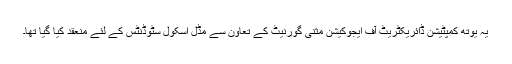
یہ یوتھ کمپٹیشن ڈائریکٹریٹ آف ایجوکیشن مثنی گورنیٹ کے تعاون سے مڈل اسکول سٹوڈنٹس کے لئے منعقد کیا گیا تھا۔